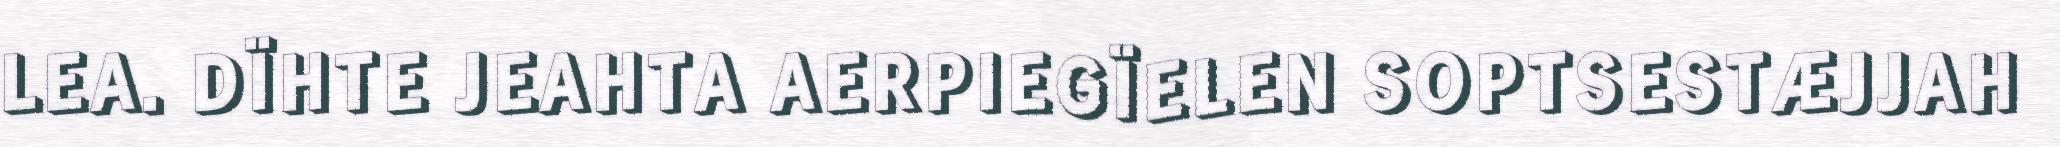
LEA. DÏHTE JEAHTA AERPIEGÏELEN SOPTSESTÆJJAH